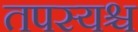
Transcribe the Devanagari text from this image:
तपस्यश्च